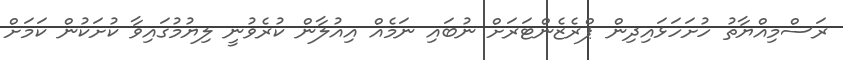
ރަސްމިއްޔާތު ހުށަހަޅައިދިން ޕްރެޒެންޓަރަށް ނުބައި ނަމެއް އިއުލާން ކުރެވުނީ ލިޔުމުގައިވާ ކުށަކުން ކަމަށް